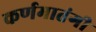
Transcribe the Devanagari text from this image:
कर्णमातंगी